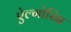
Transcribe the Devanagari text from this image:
ऐल्गोरिद्म